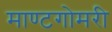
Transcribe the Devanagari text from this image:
माण्टगोमरी